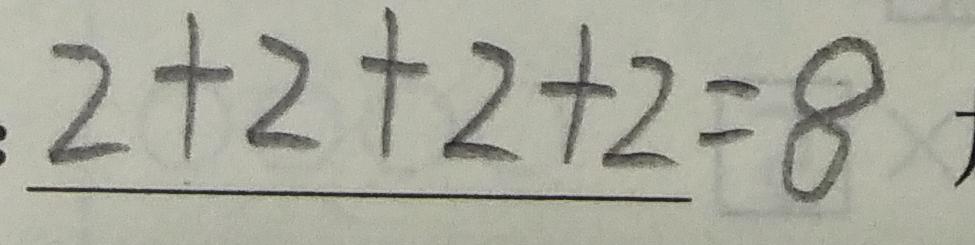
2 + 2 + 2 + 2 = 8